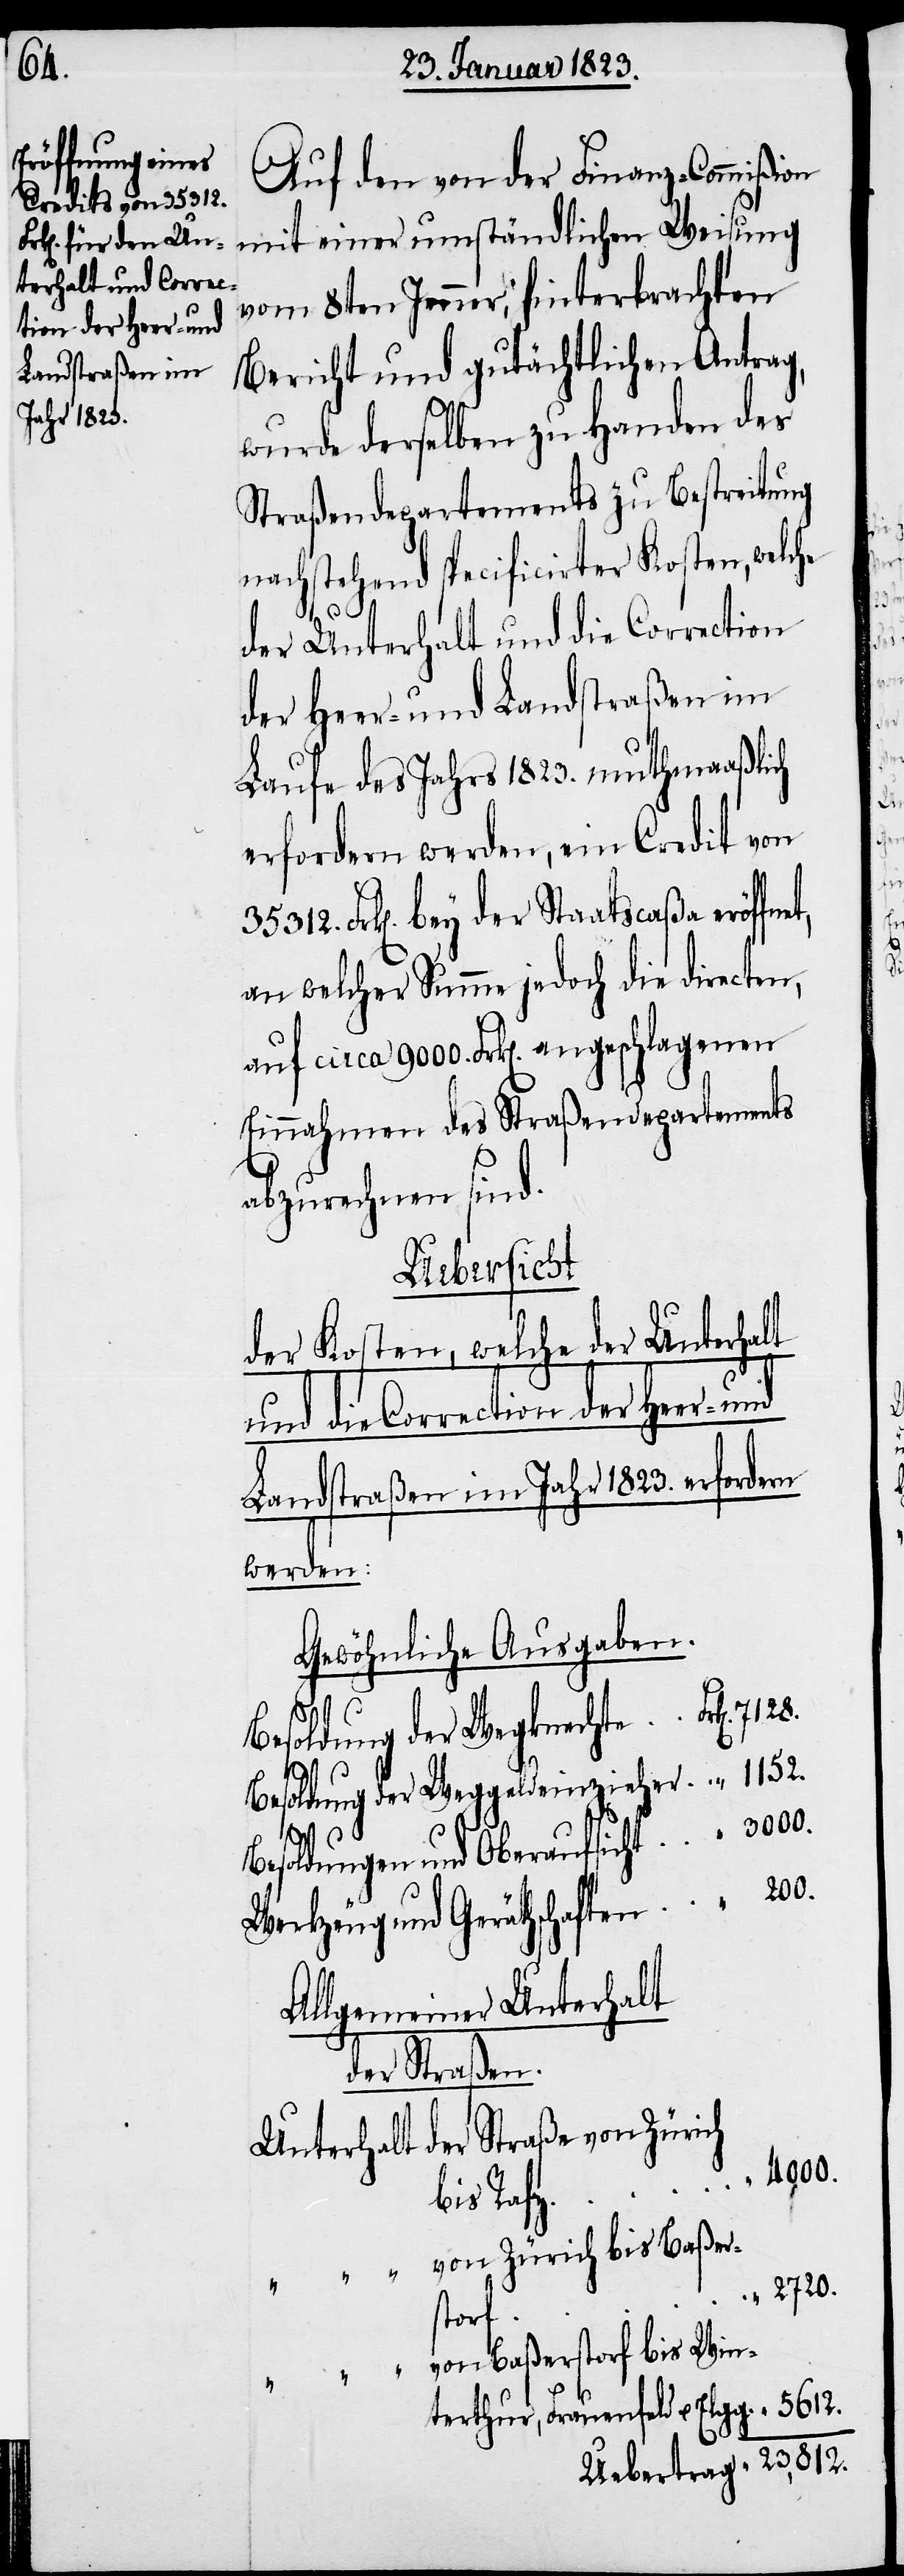
tion der Heer- und

Auf den von der Finanz-Commißion
mit einer umständlichen Weisung
vom 8ten Jenner, hinterbrachten
Bericht und gutächtlichen Antrag,
„
wurde derselben zu Handen des
Straßendepartements zu Bestreitung
nachstehend specificirter Kosten, welche
der Unterhalt und die Correction
der Heer- und Landstraßen im
Laufe des Jahrs 1823. muthmaaßlich
erfordern werden, ein Credit von
Frk[en]. bey der Staatscaßa eröffne¬
an welcher Summe jedoch die directen,
auf circa 9000. Frk[en]. angeschlagenen
Einnahmen des Straßendepartements
abzurechnen sind.
Uebertrag
der Kosten, welche der Unterhalt
Landstraßen im Jahr 1823. erfordern
werden:
Gewöhnliche Ausgaben.
Besoldung der Wegknechte
Besoldung der Weggeldeinzieher
Besoldungen und Oberaufsicht
Werkzeug und Geräthschaften
Allgemeiner Unterhalt
der Straßen.
Unterhalt der Straße von Zürich
bis Rafz
„ „ von Zürich bis Baßer¬
2720.
storf
von Baßerstorf bis Win¬
„ „
terthur, Frauenfeld u. Elgg